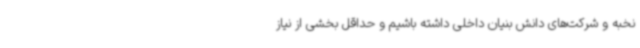
نخبه و شرکت‌های دانش بنیان داخلی داشته باشیم و حداقل بخشی از نیاز